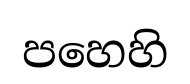
පහෙහි